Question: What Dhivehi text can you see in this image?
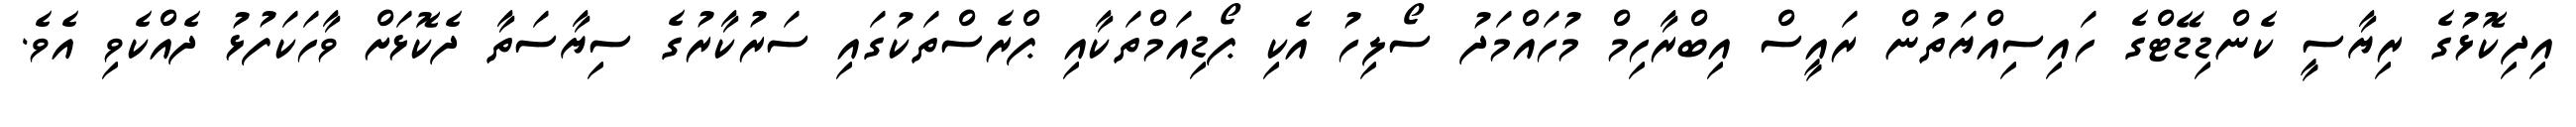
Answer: އިދިކޮޅުގެ ރިޔާސީ ކެންޑިޑޭޓްގެ ހައިސިއްޔަތުން ރައީސް އިބްރާހިމް މުހައްމަދު ސޯލިހު އެކި ޕޯޑިއަމްތަކާއި ޕްރެސްތަކުގައި ސަރުކާރުގެ ސިޔާސަތާ ދެކޮޅަށް ވާހަކަފުޅު ދެއްކެވި އެވެ.